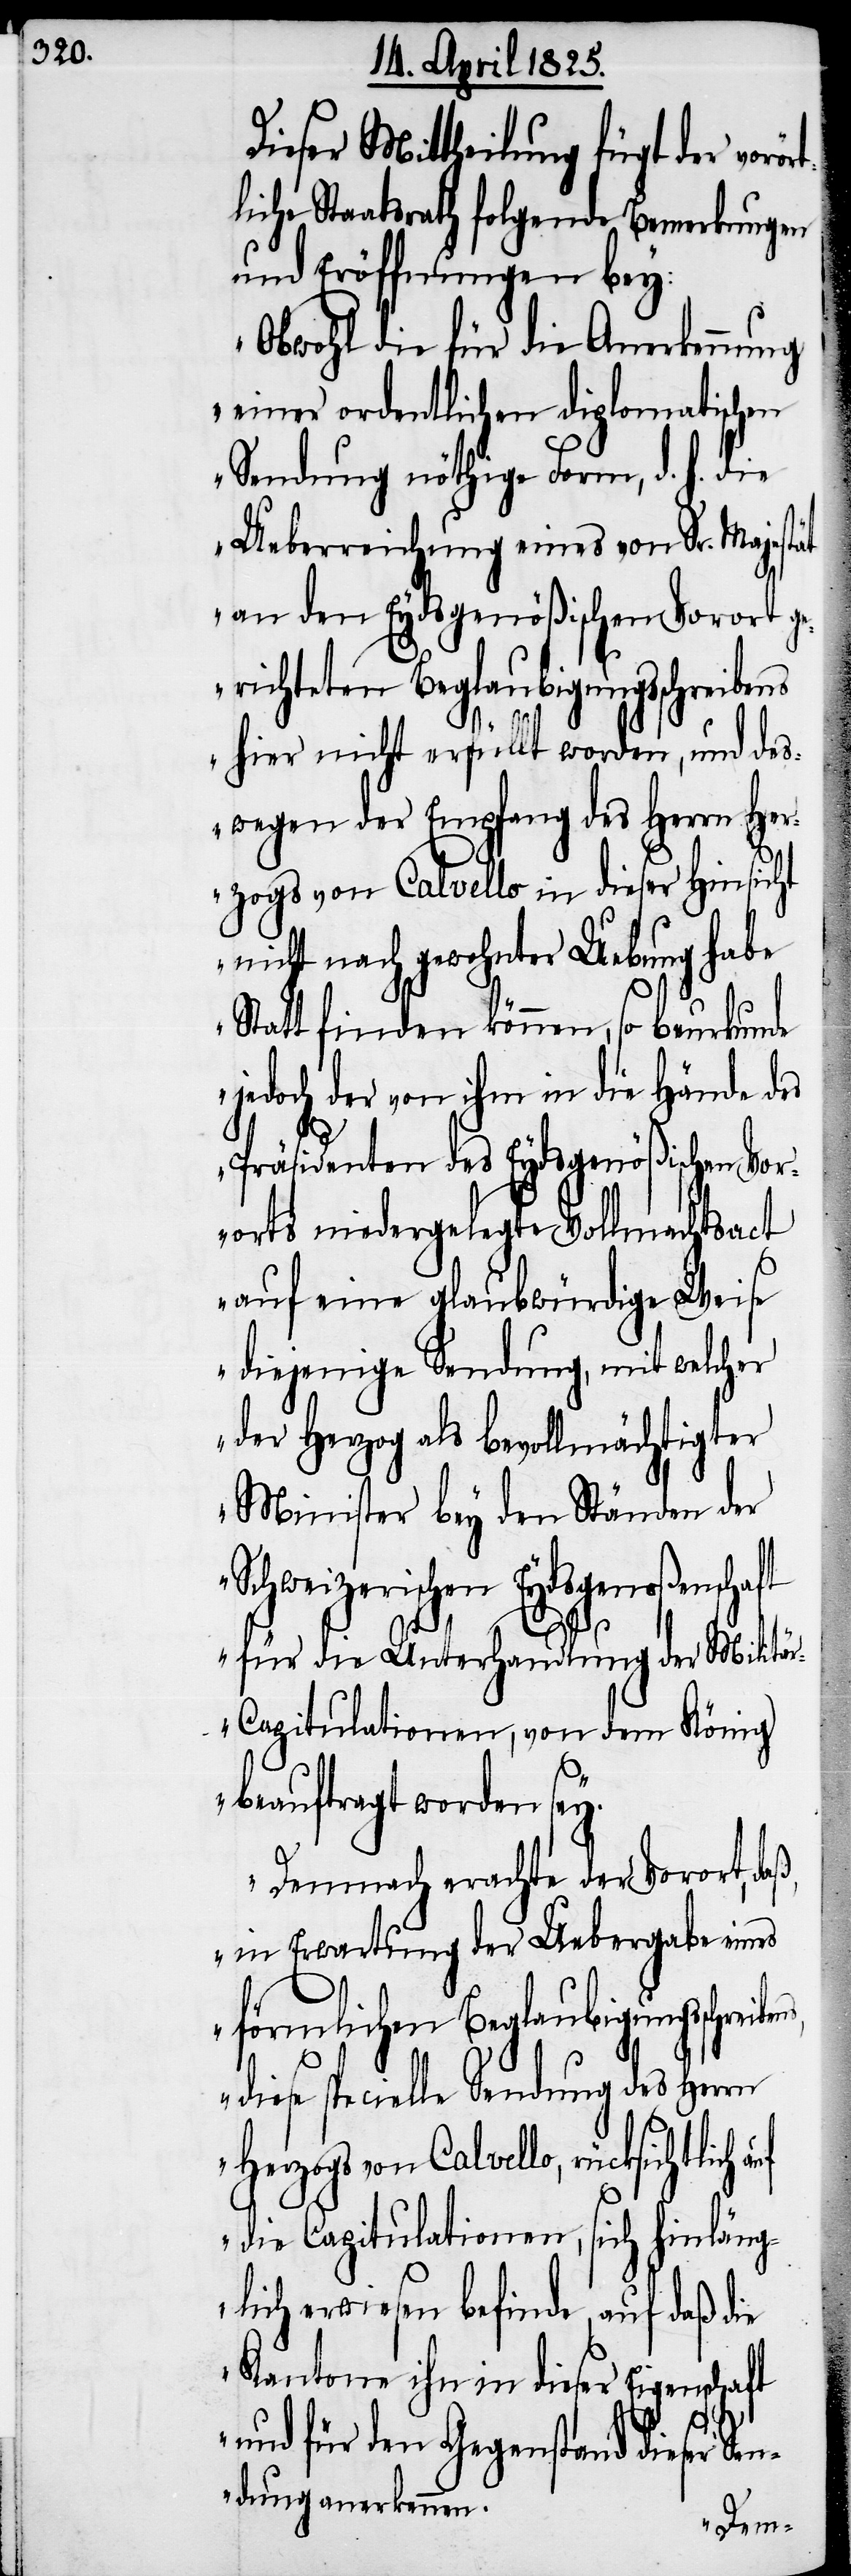
Dieser Mittheilung fügt der vorö¬
liche Staatsrath folgende Bemerkungen
und Eröffnungen bey:
„Obwohl die für die Anerkennung
einer ordentlichen diplomatischen
Sendung nöthige Form, d. h. die
Ueberreichung eines von Sr. Majestät
an den Eydsgenößischen Vorort ge¬
richteten Beglaubigungsschreibens
hier nicht erfüllt worden, und des¬
wegen der Empfang des Herrn Her¬
zogs von Calvello in dieser Hinsic¬
nicht nach gewohnter Uebung habe
Statt finden können, so beurkunde
jedoch der von ihm in die Hände des
Präsidenten des Eydsgenößischen Vor¬
orts niedergelegte Vollmachtsact
auf eine glaubwürdige Weise
diejenige Sendung, mit welcher
der Herzog als bevollmächtigter
Minister bey den Ständen der
Schweizerischen Eydsgenoßenschaft
lich
für die Unterhandlung der Militä¬
r-Capitulationen, von dem König
beauftragt worden sey.
Demnach erachte der Vorort, daß,
in Erwartung der Uebergabe eines
förmlichen Beglaubigungsschre¬
diese specielle Sendung des Herrn
Herzogs von Calvello, rücksicht¬
die Capitulationen, sich hinläng¬
lich erwiesen befinde, auf daß die
Kantone ihn in dieser Eigenschaft
und für den Geg¬
stand
Sen¬
dung anerkennen.